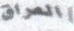
العراق